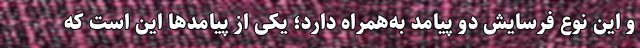
و این نوع فرسایش دو پیامد به‌همراه دارد؛ یکی از پیامدها این است که